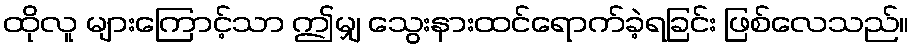
ထိုလူ များကြောင့်သာ ဤမျှ သွေးနားထင်ရောက်ခဲ့ရခြင်း ဖြစ်လေသည်။